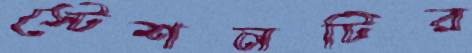
স্টেশনটির